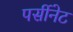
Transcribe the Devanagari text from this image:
पर्सीनेट